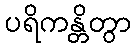
ပရိကန္တိတွာ